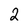
Character: 2